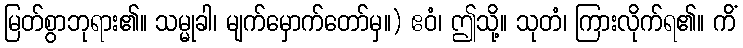
မြတ်စွာဘုရား၏။ သမ္မုခါ၊ မျက်မှောက်တော်မှ။) ဧဝံ၊ ဤသို့။ သုတံ၊ ကြားလိုက်ရ၏။ ကိံ